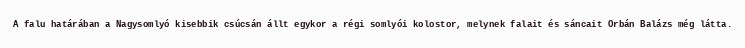
A falu határában a Nagysomlyó kisebbik csúcsán állt egykor a régi somlyói kolostor, melynek falait és sáncait Orbán Balázs még látta.